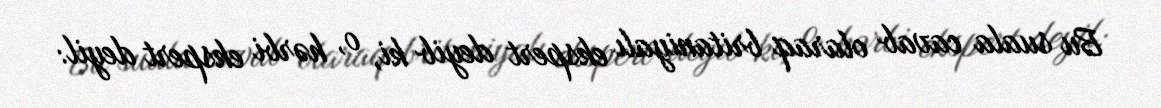
Bu suala cavab olaraq britaniyalı ekspert deyib ki, o, hərbi ekspert deyil: